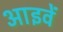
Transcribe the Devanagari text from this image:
आइवें